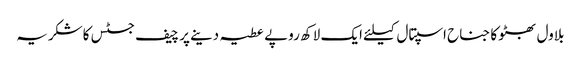
بلاول بھٹو کا جناح اسپتال کیلئے ایک لاکھ روپے عطیہ دینے پر چیف جسٹس کاشکریہ